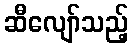
ဆီလျော်သည့်